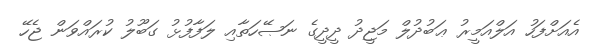
އެއަށްފަހު އަލްއަމީރު ޢަބުދުލް މަޖީދު ދީދީގެ ނަޞޭހަތާއި ލަފާފުޅު ގަބޫލު ކުރައްވަން ޖެހޭ